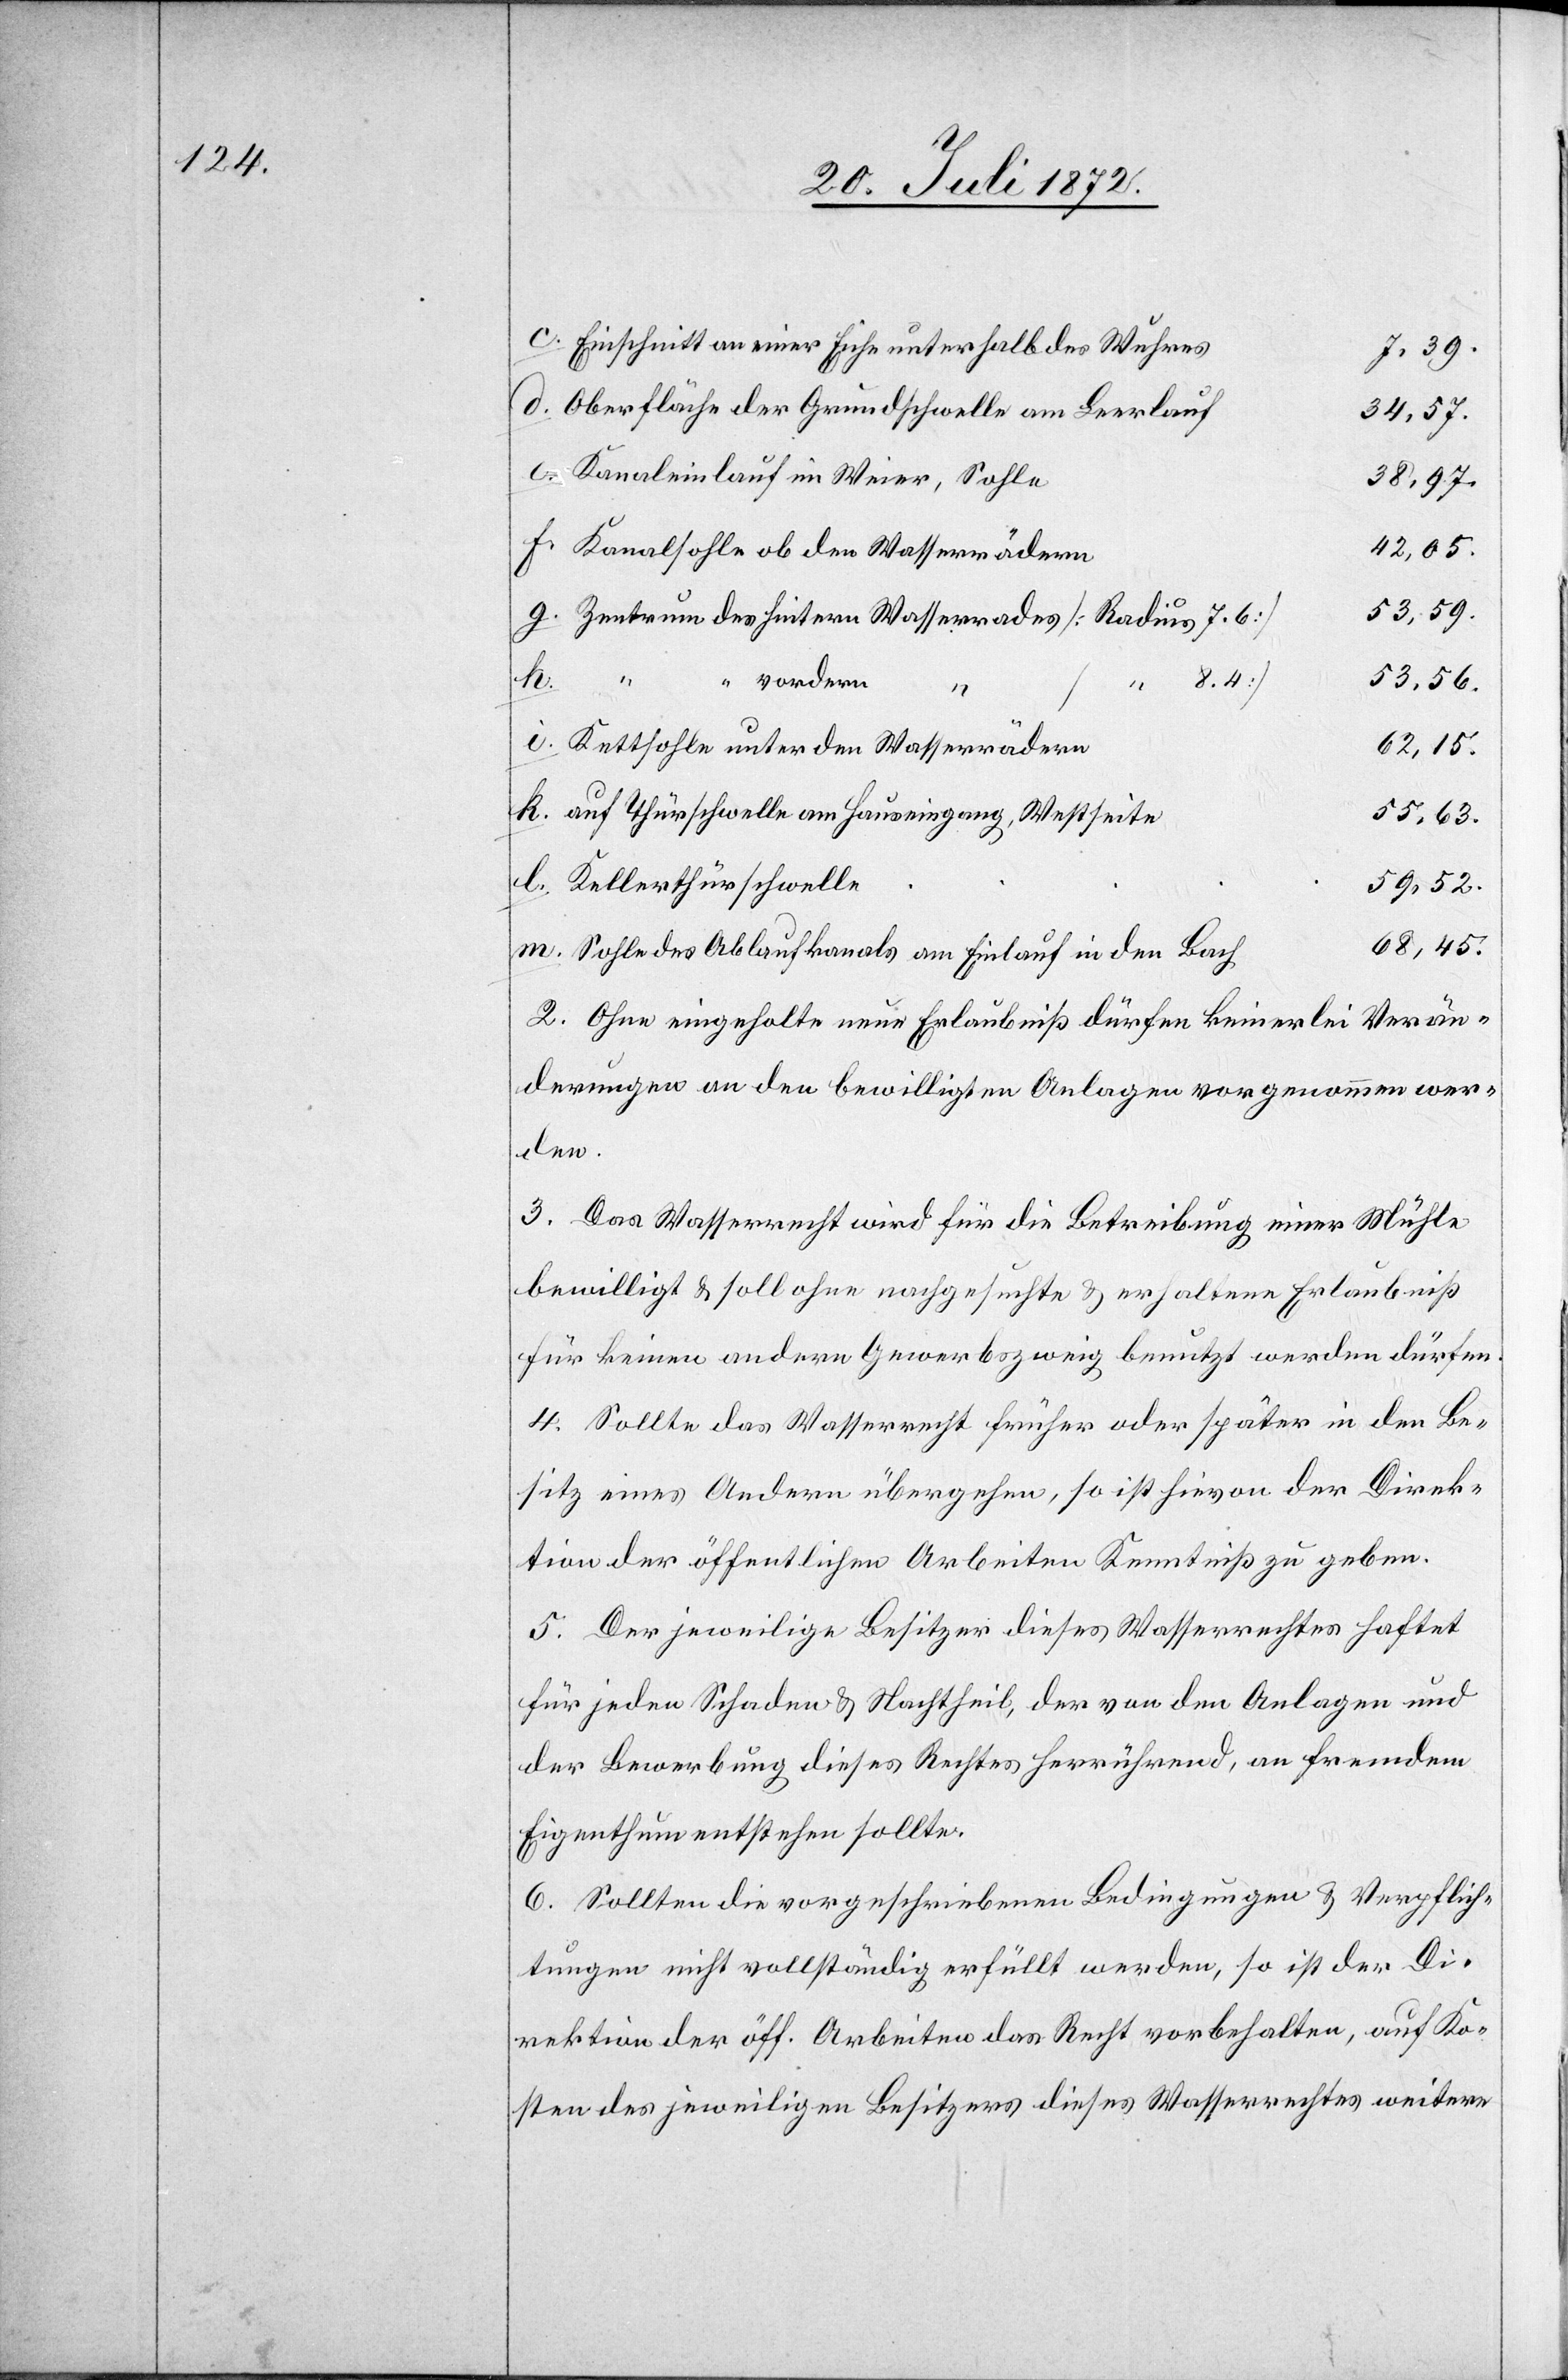
Einschnitt an einer Eiche unterhalb des Wuhres
7,39.
Oberfläche der Grundschwelle am Leerlauf
34,57.
Kanaleinlauf im Weier, Sohle
38,97.
42,05.
Kanalsohle ob den Wasserrädern
53,59.
Zentrum des hintern Wasserrades [Radius 7.6]
“
m.
8.4]
53,56.
l.
vordern
c.
Kettsohle unter den Wasserrädern
62,15.
auf Thürschwelle am Hauseingang, Westseite
55,63.
Kellerthürschwelle
59,52.
68,45.
Sohle des Ablaufkanals am Einlauf in den Bach
2. Ohne eingeholte neue Erlaubniß dürfen keinerlei Verän¬
derungen an den bewilligten Anlagen vorgenommen wer¬
den.
3. Das Wasserrecht wird für die Betreibung einer Mühle
bewilligt u. soll ohne nachgesuchte u. erhaltene Erlaubniß
für keinen andern Gewerbszweig benutzt werden dürfen.
4. Sollte das Wasserrecht früher oder später in den Be¬
sitz eines Andern übergehen, so ist hievon der Direk¬
tion der öffentlichen Arbeiten Kenntniß zu geben.
5. Der jeweilige Besitzer dieses Wasserrechtes haftet
für jeden Schaden u. Nachtheil, der von den Anlagen und
der Bewerbung dieses Rechtes herrührend, an fremdem
Eigenthum entstehen sollte.
6. Sollten die vorgeschriebenen Bedingungen u. Verpflich¬
tungen nicht vollständig erfüllt werden, so ist der Di¬
rektion der öff. Arbeiten das Recht vorbehalten, auf Ko¬
sten des jeweiligen Besitzers dieses Wasserrechtes weitere